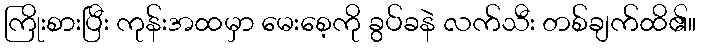
ကြိုးစားပြီး ကုန်းအထမှာ မေးစေ့ကို ခွပ်ခနဲ လက်သီး တစ်ချက်ထိ၏။